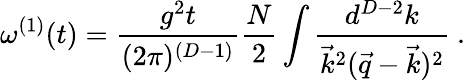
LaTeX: \omega^{(1)}(t)=\frac{g^{2}t}{(2\pi)^{(D-1)}}\frac{N}{2}\int\frac{d^{D-2}k}{\vec{k}^{2}(\vec{q}-\vec{k})^{2}}~.